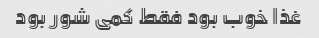
غذا خوب بود فقط کمی شور بود